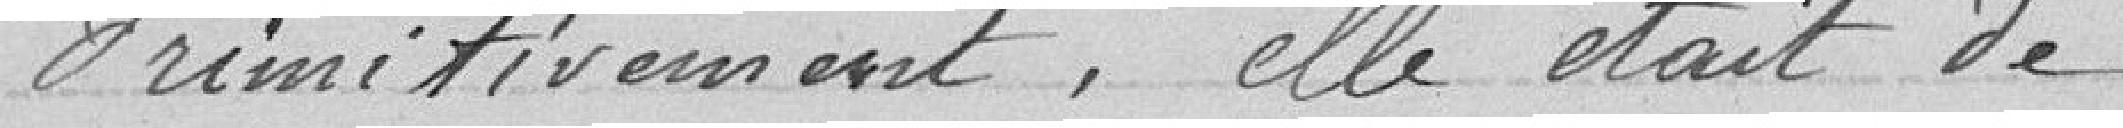
Primitivement, elle était de